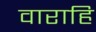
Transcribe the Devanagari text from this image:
वाराहि